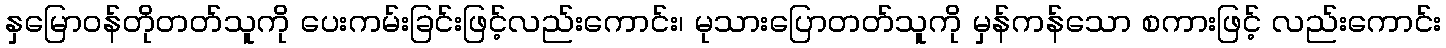
နှမြောဝန်တိုတတ်သူကို ပေးကမ်းခြင်းဖြင့်လည်းကောင်း၊ မုသားပြောတတ်သူကို မှန်ကန်သော စကားဖြင့် လည်းကောင်း